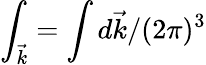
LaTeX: \int_{\vec{k}}=\int d\vec{k}/(2\pi)^{3}